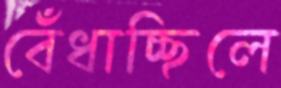
বেঁধাচ্ছিলে